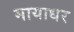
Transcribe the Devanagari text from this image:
मायाधर